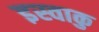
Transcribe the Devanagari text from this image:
इस्वाकु